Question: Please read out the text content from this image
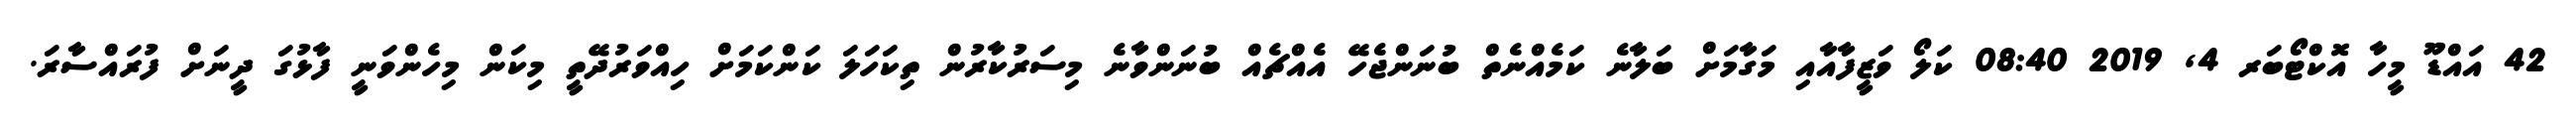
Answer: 42 އައްޑޫ މީހާ އޮކްޓޯބަރ 4, 2019 08:40 ކަލޯ ވަޒީފާއާއި މަގާމަށް ބަލާނެ ކަމެއްނެތް ބުނަންޖެހޭ އެއްޗެއް ބުނަންވާނެ މިސަރުކާރުން ތިކަހަލަ ކަންކަމަށް ހިއްވަރުދޭތީ މިކަން މިހެންވަނީ ފާޅުގަ ދީނަށް ފުރައްސާރަ.